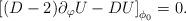
LaTeX: \begin{align*}\left[ (D-2) \partial_\varphi U -DU \right]_{\phi_0}=0 . \end{align*}